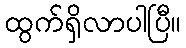
ထွက်ရှိလာပါပြီ။